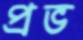
প্রভ